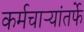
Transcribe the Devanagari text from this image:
कर्मचाऱ्यांतर्फे